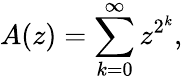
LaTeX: A(z)=\sum_{k=0}^{\infty}z^{2^{k}},